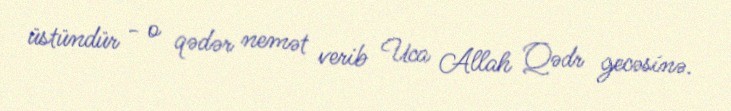
üstündür - o qədər nemət verib Uca Allah Qədr gecəsinə.